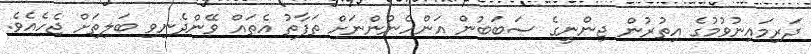
ދަރިމައިނުވުމުގެ އިތުރުން ޖިންނީގެ ސަބަބުން އަންހެނުންނަށް ތަފާތު އެތައް ވޭންދެނިވި ބަލިތަށް ޖެހެއެވެ.